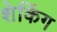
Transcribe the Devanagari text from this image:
शेकिंग